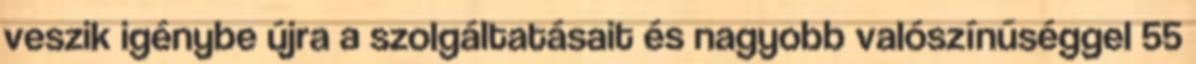
veszik igénybe újra a szolgáltatásait és nagyobb valószínűséggel 55